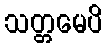
သတ္တမေပိ